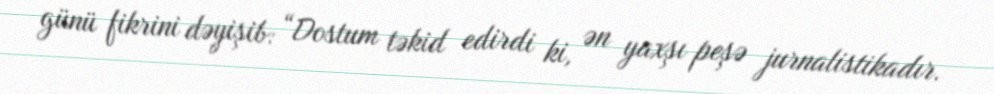
günü fikrini dəyişib: “Dostum təkid edirdi ki, ən yaxşı peşə jurnalistikadır.